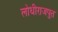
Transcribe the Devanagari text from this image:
लोधीराजपुत